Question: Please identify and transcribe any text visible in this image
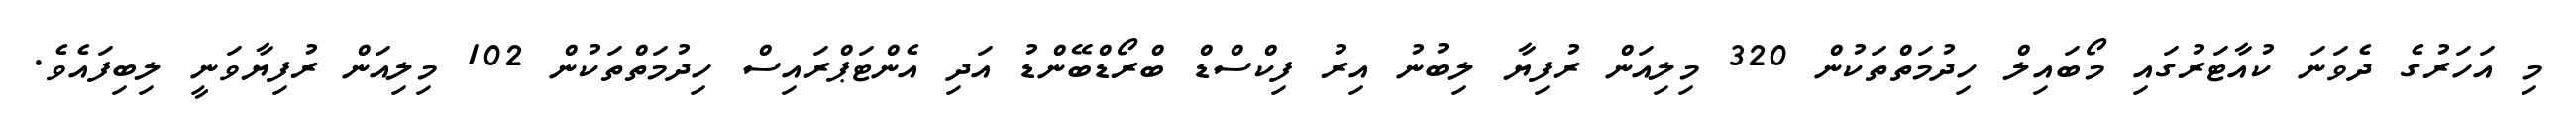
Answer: މި އަހަރުގެ ދެވަނަ ކުއާޓަރުގައި މޯބައިލް ހިދުމަތްތަކުން 320 މިލިއަން ރުފިޔާ ލިބުނު އިރު ފިކްސްޑް ބްރޯޑްބޭންޑު އަދި އެންޓަޕްރައިސް ހިދުމަތްތަކުން 102 މިލިއަން ރުފިޔާވަނީ ލިބިފައެވެ.